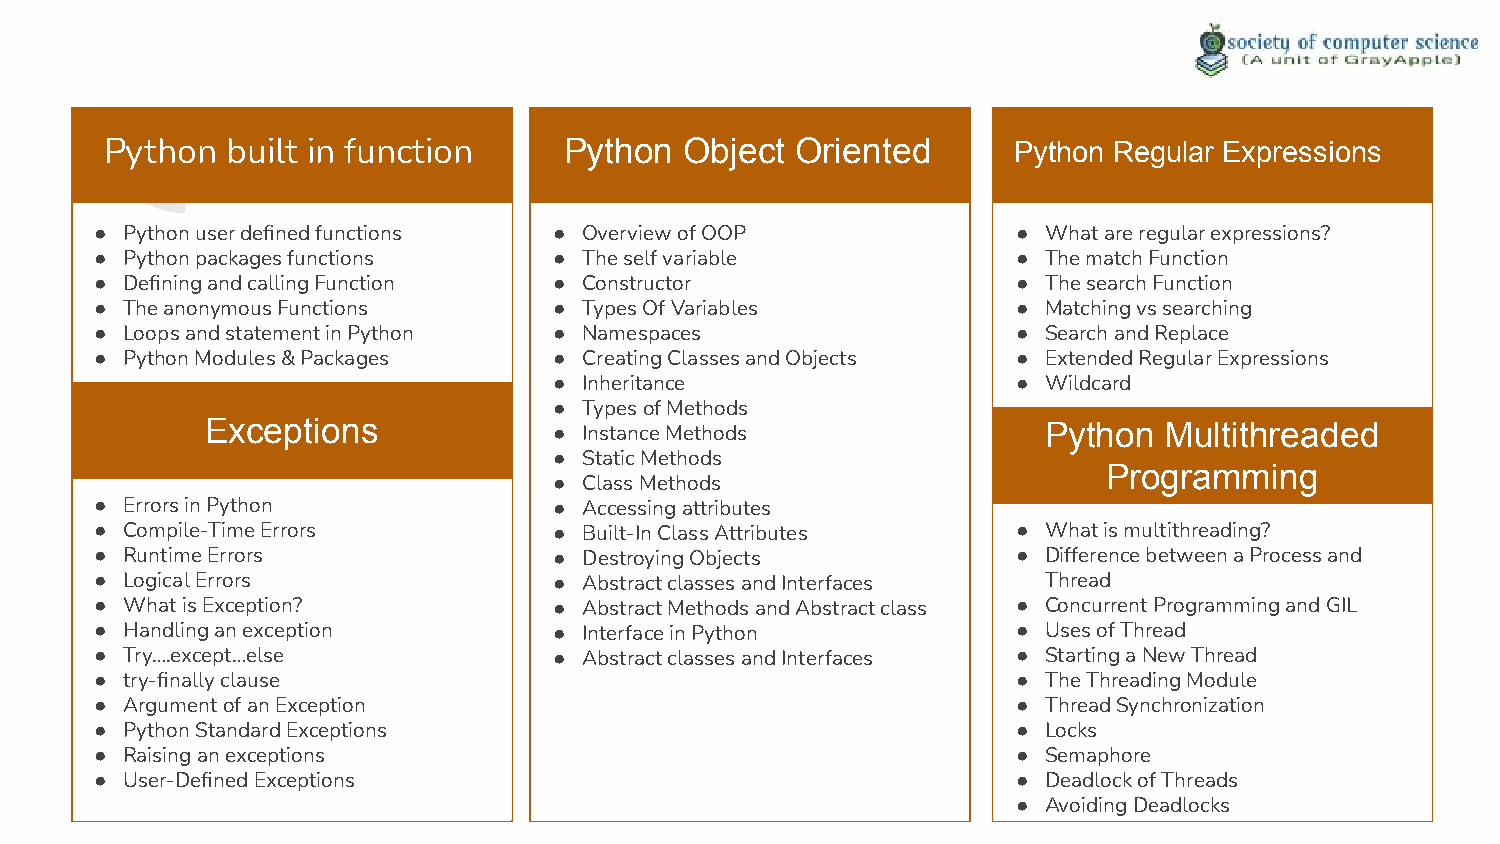
Operating System Hacking &
 Python  built in function     Python  Object  Oriented      Python Regular Expressions
 Security
 ● Python user defined functions ● Overview of OOP            ● What are regular expressions?
 ● Python packages functions    ● The self variable           ● The match Function
 ● Defining and calling Function ● Constructor                ● The search Function
 ● The anonymous Functions      ● Types Of Variables          ● Matching vs searching
 ● Loops and statement in Python ● Namespaces                 ● Search and Replace
 ● Python Modules & Packages    ● Creating Classes and Objects ● Extended Regular Expressions
 ● Inheritance                 ● Wildcard
 ● Types of Methods
 Exceptions             ● Instance Methods              Python  Multithreaded
 ● Static Methods
 Programming
 ● Class Methods
 ● Errors in Python             ● Accessing attributes
 ● Compile-Time Errors          ● Built-In Class Attributes   ● What is multithreading?
 ● Runtime Errors               ● Destroying Objects          ● Difference between a Process and
 ● Logical Errors               ● Abstract classes and Interfaces Thread
 ● What is Exception?           ● Abstract Methods and Abstract class ● Concurrent Programming and GIL
 ● Handling an exception        ● Interface in Python         ● Uses of Thread
 ● Try….except…else             ● Abstract classes and Interfaces ● Starting a New Thread
 ● try-finally clause                                         ● The Threading Module
 ● Argument of an Exception                                   ● Thread Synchronization
 ● Python Standard Exceptions                                 ● Locks
 ● Raising an exceptions                                      ● Semaphore
 ● User-Defined Exceptions                                    ● Deadlock of Threads
 ● Avoiding Deadlocks